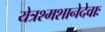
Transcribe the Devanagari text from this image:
येत्रश्मशानेदेवाः